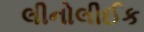
લીનોલીઈક